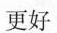
更好